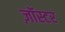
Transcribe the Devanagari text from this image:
ज़ॉस्टर